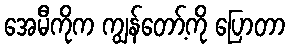
အေမီကိုက ကျွန်တော့်ကို ပြောတာ